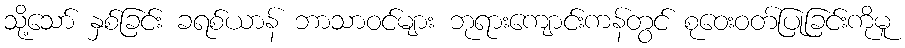
သို့သော် နှစ်ခြင်း ခရစ်ယာန် ဘာသာဝင်များ ဘုရားကျောင်းကန်တွင် စုဝေးဝတ်ပြုခြင်းကိုမူ